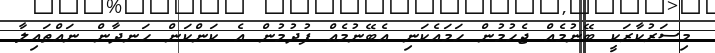
މިސަރުކާރަކީ ބޭނުމެއް ޖެހުމުން ހަމައެކަނި އެބޭނުމެއް ފުދުމުން އެ ކަންކަން ހަނދާން ނައްތައިލާ